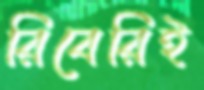
রিবেরিই